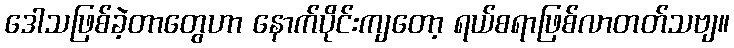
ဒေါသဖြစ်ခဲ့တာတွေဟာ နောက်ပိုင်းကျတော့ ရယ်စရာဖြစ်လာတတ်သဗျ။